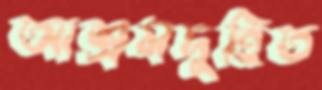
আশ্রমদুহিত